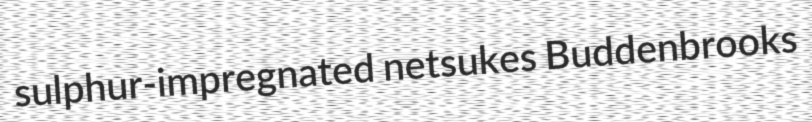
sulphur-impregnated netsukes Buddenbrooks